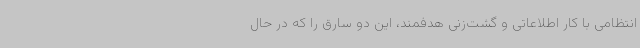
انتظامی با کار اطلاعاتی و گشت‌زنی هدفمند، این دو سارق را که در حال